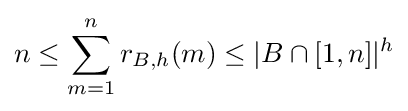
\displaystyle n\leq \sum _{m=1}^{n}r_{B,h}(m)\leq |B\cap [1,n]|^{h}